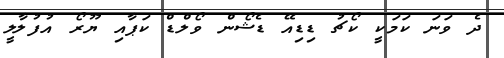
ދެ ވަނަ ކަމަކީ ކޯޗު ޑިޑިއޭ ޑެޝޯން ވޯލްޑް ކަޕާއި ޔޫރޯ އުފުލާލީ